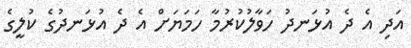
އަދި އެ ދެ އުޅަނދު ހަވާލުކުރުމާ ހަމަޔަށް އެ ދެ އުޅަނދުގެ ކުލީގެ